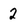
Character: 2